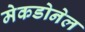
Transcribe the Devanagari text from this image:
मेकडोनेल